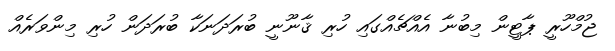
ޖުމްހޫރީ ޕާޓީން މިބުނާ އެއްޗެއްގައި ހުރި ޤާނޫނީ ބުރަދަނަކާ ބުރަދަން ހުރި މިންވަރެއް